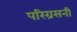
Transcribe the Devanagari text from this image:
परिग्रसनी